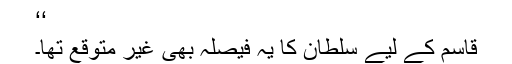
‘‘
قاسم کے لیے سلطان کا یہ فیصلہ بھی غیر متوقع تھا۔